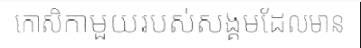
កោសិកាមួយរបស់សង្គមដែលមាន